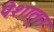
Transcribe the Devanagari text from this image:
पेशातून